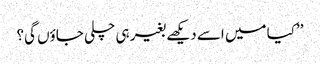
’’کیا میں اسے دیکھے بغیر ہی چلی جاؤں گی؟